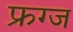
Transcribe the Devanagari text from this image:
फ्रग्ज